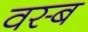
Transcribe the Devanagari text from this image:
वस्ब